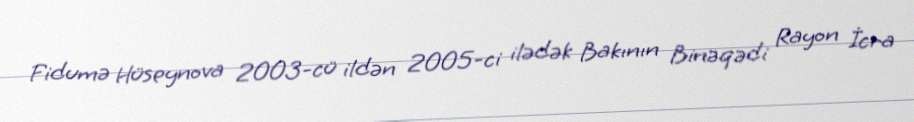
Fidumə Hüseynova 2003-cü ildən 2005-ci ilədək Bakının Binəqədi Rayon İcra